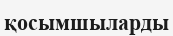
қосымшыларды